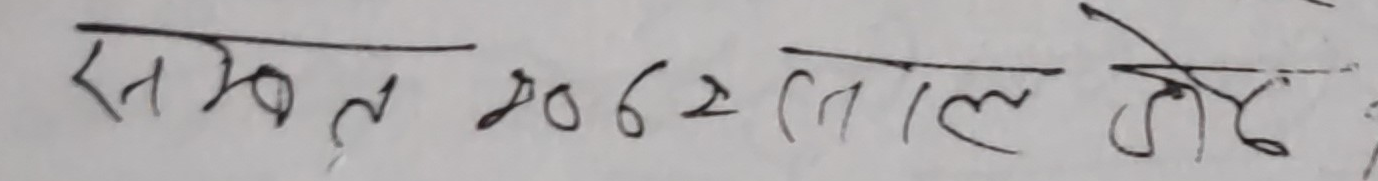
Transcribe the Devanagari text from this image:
समत २०६२ तील जेद